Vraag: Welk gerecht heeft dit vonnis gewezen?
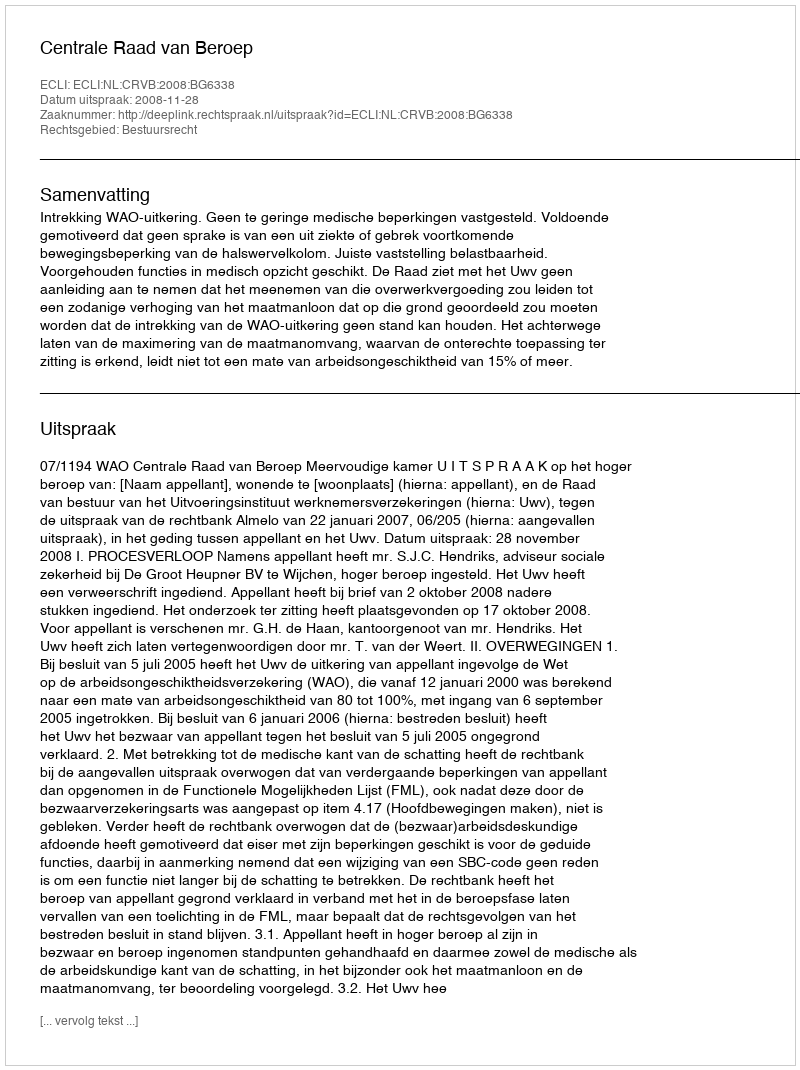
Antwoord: Centrale Raad van Beroep